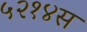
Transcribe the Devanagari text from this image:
५२१४स